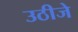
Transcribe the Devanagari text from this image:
उठीजे